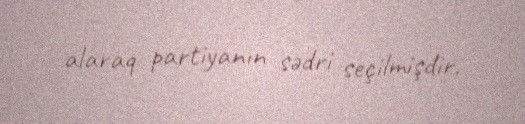
alaraq partiyanın sədri seçilmişdir.